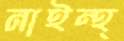
নাইন্থ্